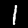
Label: 1